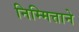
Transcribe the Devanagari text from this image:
निम्मित्ताने